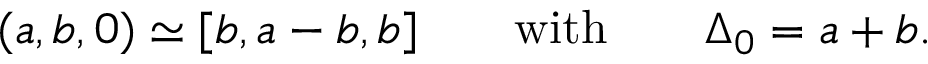
( a , b , 0 ) \simeq [ b , a - b , b ] \qquad \mathrm { w i t h } \qquad \Delta _ { 0 } = a + b .